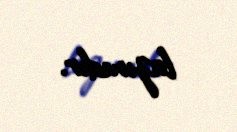
lazımdır.